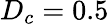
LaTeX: D_{c}=0.5